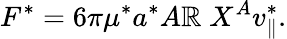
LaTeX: F^{*}=6\pi\mu^{*}a^{*}A\mathbb{R}\; X^{A}v_{\parallel}^{*}.